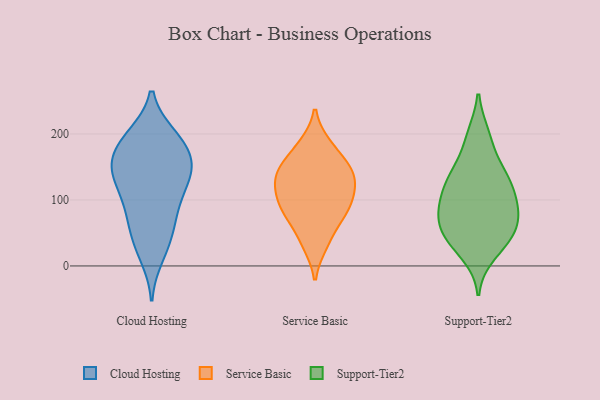
{"axis": {"x": "Revenue (USD Million)", "y": "Value"}, "legend": ["Cloud Hosting", "Service Basic", "Support-Tier2"], "data": [{"x": "", "y": 154, "type": "Cloud Hosting"}, {"x": "", "y": 123, "type": "Cloud Hosting"}, {"x": "", "y": 124, "type": "Cloud Hosting"}, {"x": "", "y": 197, "type": "Cloud Hosting"}, {"x": "", "y": 29, "type": "Cloud Hosting"}, {"x": "", "y": 157, "type": "Cloud Hosting"}, {"x": "", "y": 190, "type": "Cloud Hosting"}, {"x": "", "y": 15, "type": "Cloud Hosting"}, {"x": "", "y": 51, "type": "Cloud Hosting"}, {"x": "", "y": 161, "type": "Cloud Hosting"}, {"x": "", "y": 102, "type": "Cloud Hosting"}, {"x": "", "y": 150, "type": "Cloud Hosting"}, {"x": "", "y": 192, "type": "Cloud Hosting"}, {"x": "", "y": 92, "type": "Cloud Hosting"}, {"x": "", "y": 155, "type": "Cloud Hosting"}, {"x": "", "y": 134, "type": "Cloud Hosting"}, {"x": "", "y": 196, "type": "Cloud Hosting"}, {"x": "", "y": 76, "type": "Cloud Hosting"}, {"x": "", "y": 59, "type": "Cloud Hosting"}, {"x": "", "y": 80, "type": "Service Basic"}, {"x": "", "y": 92, "type": "Service Basic"}, {"x": "", "y": 75, "type": "Service Basic"}, {"x": "", "y": 121, "type": "Service Basic"}, {"x": "", "y": 151, "type": "Service Basic"}, {"x": "", "y": 183, "type": "Service Basic"}, {"x": "", "y": 105, "type": "Service Basic"}, {"x": "", "y": 143, "type": "Service Basic"}, {"x": "", "y": 123, "type": "Service Basic"}, {"x": "", "y": 134, "type": "Service Basic"}, {"x": "", "y": 152, "type": "Service Basic"}, {"x": "", "y": 33, "type": "Service Basic"}, {"x": "", "y": 77, "type": "Service Basic"}, {"x": "", "y": 142, "type": "Service Basic"}, {"x": "", "y": 183, "type": "Service Basic"}, {"x": "", "y": 37, "type": "Service Basic"}, {"x": "", "y": 100, "type": "Service Basic"}, {"x": "", "y": 133, "type": "Support-Tier2"}, {"x": "", "y": 105, "type": "Support-Tier2"}, {"x": "", "y": 193, "type": "Support-Tier2"}, {"x": "", "y": 35, "type": "Support-Tier2"}, {"x": "", "y": 85, "type": "Support-Tier2"}, {"x": "", "y": 64, "type": "Support-Tier2"}, {"x": "", "y": 48, "type": "Support-Tier2"}, {"x": "", "y": 18, "type": "Support-Tier2"}, {"x": "", "y": 125, "type": "Support-Tier2"}, {"x": "", "y": 48, "type": "Support-Tier2"}, {"x": "", "y": 198, "type": "Support-Tier2"}, {"x": "", "y": 143, "type": "Support-Tier2"}, {"x": "", "y": 77, "type": "Support-Tier2"}, {"x": "", "y": 146, "type": "Support-Tier2"}, {"x": "", "y": 117, "type": "Support-Tier2"}, {"x": "", "y": 80, "type": "Support-Tier2"}, {"x": "", "y": 89, "type": "Support-Tier2"}, {"x": "", "y": 43, "type": "Support-Tier2"}]}